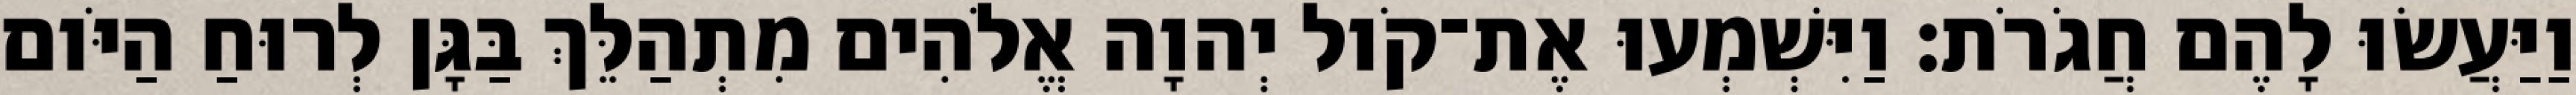
וַיַּעֲשׂוּ לָהֶם חֲגֹרֹת׃ וַיִּשְׁמְעוּ אֶת־קֹול יְהוָה אֱלֹהִים מִתְהַלֵּךְ בַּגָּן לְרוּחַ הַיֹּום